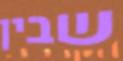
שבין